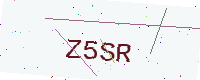
Text: Z5SR